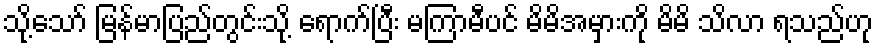
သို့သော် မြန်မာပြည်တွင်းသို့ ရောက်ပြီး မကြာမီပင် မိမိအမှားကို မိမိ သိလာ ရသည်ဟု